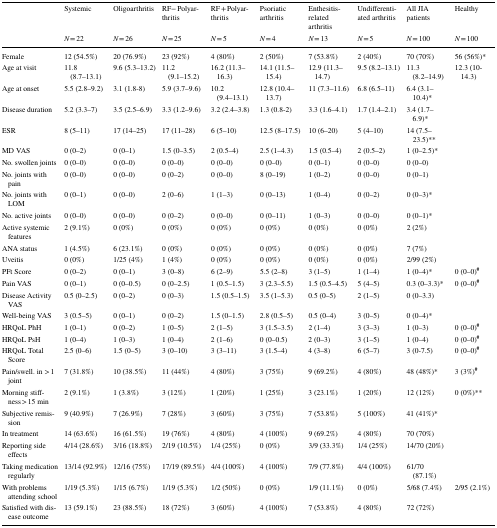
<table><thead><tr><td rowspan="2"></td><td><b>Systemic</b></td><td><b>Oligoarthritis</b></td><td><b>RF− Polyarthritis</b></td><td><b>RF + Polyarthritis</b></td><td><b>Psoriatic arthritis</b></td><td><b>Enthesitis-related arthritis</b></td><td><b>Undifferentiated arthritis</b></td><td><b>All JIA patients</b></td><td><b>Healthy</b></td></tr><tr><td><b><i>N</i> = 22</b></td><td><b><i>N</i> = 26</b></td><td><b><i>N</i> = 25</b></td><td><b><i>N</i> = 5</b></td><td><b><i>N</i> = 4</b></td><td><b><i>N</i> = 13</b></td><td><b><i>N</i> = 5</b></td><td><b><i>N</i> = 100</b></td><td><b><i>N</i> = 100</b></td></tr></thead><tbody><tr><td>Female</td><td>12 (54.5%)</td><td>20 (76.9%)</td><td>23 (92%)</td><td>4 (80%)</td><td>2 (50%)</td><td>7 (53.8%)</td><td>2 (40%)</td><td>70 (70%)</td><td>56 (56%)*</td></tr><tr><td>Age at visit</td><td>11.8 (8.7–13.1)</td><td>9.6 (5.3–13.2)</td><td>11.2 (9.1–15.2)</td><td>16.2 (11.3–16.3)</td><td>14.1 (11.5–15.4)</td><td>12.9 (11.3–14.7)</td><td>9.5 (8.2–13.1)</td><td>11.3 (8.2–14.9)</td><td>12.3 (10-14.3)</td></tr><tr><td>Age at onset</td><td>5.5 (2.8–9.2)</td><td>3.1 (1.8-8)</td><td>5.9 (3.7–9.6)</td><td>10.2 (9.4–13.1)</td><td>12.8 (10.4–13.7)</td><td>11 (7.3–11.6)</td><td>6.8 (6.5–11)</td><td>6.4 (3.1–10.4)*</td><td></td></tr><tr><td>Disease duration</td><td>5.2 (3.3–7)</td><td>3.5 (2.5–6.9)</td><td>3.3 (1.2–9.6)</td><td>3.2 (2.4–3.8)</td><td>1.3 (0.8-2)</td><td>3.3 (1.6–4.1)</td><td>1.7 (1.4–2.1)</td><td>3.4 (1.7–6.9)*</td><td></td></tr><tr><td>ESR</td><td>8 (5–11)</td><td>17 (14–25)</td><td>17 (11–28)</td><td>6 (5–10)</td><td>12.5 (8–17.5)</td><td>10 (6–20)</td><td>5 (4–10)</td><td>14 (7.5–23.5)**</td><td></td></tr><tr><td>MD VAS</td><td>0 (0–2)</td><td>0 (0–1)</td><td>1.5 (0–3.5)</td><td>2 (0.5–4)</td><td>2.5 (1–4.3)</td><td>1.5 (0.5–4)</td><td>2 (0.5–2)</td><td>1 (0–2.5)*</td><td></td></tr><tr><td>No. swollen joints</td><td>0 (0–0)</td><td>0 (0–0)</td><td>0 (0–0)</td><td>0 (0–0)</td><td>0 (0–0)</td><td>0 (0–1)</td><td>0 (0–0)</td><td>0 (0–0)</td><td></td></tr><tr><td>No. joints with pain</td><td>0 (0–0)</td><td>0 (0–0)</td><td>0 (0–2)</td><td>0 (0–0)</td><td>8 (0–19)</td><td>1 (0–2)</td><td>0 (0–0)</td><td>0 (0–1)</td><td></td></tr><tr><td>No. joints with LOM</td><td>0 (0–1)</td><td>0 (0–0)</td><td>2 (0–6)</td><td>1 (1–3)</td><td>0 (0–13)</td><td>1 (0–4)</td><td>0 (0–2)</td><td>0 (0–3)*</td><td></td></tr><tr><td>No. active joints</td><td>0 (0–0)</td><td>0 (0–0)</td><td>0 (0–2)</td><td>0 (0–0)</td><td>0 (0–11)</td><td>1 (0–3)</td><td>0 (0–0)</td><td>0 (0–1)*</td><td></td></tr><tr><td>Active systemic features</td><td>2 (9.1%)</td><td>0 (0%)</td><td>0 (0%)</td><td>0 (0%)</td><td>0 (0%)</td><td>0 (0%)</td><td>0 (0%)</td><td>2 (2%)</td><td></td></tr><tr><td>ANA status</td><td>1 (4.5%)</td><td>6 (23.1%)</td><td>0 (0%)</td><td>0 (0%)</td><td>0 (0%)</td><td>0 (0%)</td><td>0 (0%)</td><td>7 (7%)</td><td></td></tr><tr><td>Uveitis</td><td>0 (0%)</td><td>1/25 (4%)</td><td>1 (4%)</td><td>0 (0%)</td><td>0 (0%)</td><td>0 (0%)</td><td>0 (0%)</td><td>2/99 (2%)</td><td></td></tr><tr><td>PFt Score</td><td>0 (0–2)</td><td>0 (0–1)</td><td>3 (0–8)</td><td>6 (2–9)</td><td>5.5 (2–8)</td><td>3 (1–5)</td><td>1 (1–4)</td><td>1 (0–4)*</td><td>0 (0–0)<sup><b>#</b></sup></td></tr><tr><td>Pain VAS</td><td>0 (0–1)</td><td>0 (0–0.5)</td><td>0 (0–2.5)</td><td>1 (0.5–1.5)</td><td>3 (2.3–5.5)</td><td>1.5 (0.5–4.5)</td><td>5 (4–5)</td><td>0.3 (0–3.3)*</td><td>0 (0–0)<sup><b>#</b></sup></td></tr><tr><td>Disease Activity VAS</td><td>0.5 (0–2.5)</td><td>0 (0–2)</td><td>0 (0–3)</td><td>1.5 (0.5–1.5)</td><td>3.5 (1–5.3)</td><td>0.5 (0–5)</td><td>2 (1–5)</td><td>0 (0–3.3)</td><td></td></tr><tr><td>Well-being VAS</td><td>3 (0.5–5)</td><td>0 (0–1)</td><td>0 (0–2)</td><td>1.5 (0–1.5)</td><td>2.8 (0.5–5)</td><td>0.5 (0–4)</td><td>3 (0–5)</td><td>0 (0–4)*</td><td></td></tr><tr><td>HRQoL PhH</td><td>1 (0–1)</td><td>0 (0–2)</td><td>1 (0–5)</td><td>2 (1–5)</td><td>3 (1.5–3.5)</td><td>2 (1–4)</td><td>3 (3–3)</td><td>1 (0–3)</td><td>0 (0–0)<sup><b>#</b></sup></td></tr><tr><td>HRQoL PsH</td><td>1 (0–4)</td><td>1 (0–3)</td><td>1 (0–4)</td><td>2 (1–6)</td><td>0 (0–0.5)</td><td>2 (0–3)</td><td>3 (1–5)</td><td>1 (0–4)</td><td>0 (0–0)<sup><b>#</b></sup></td></tr><tr><td>HRQoL Total Score</td><td>2.5 (0–6)</td><td>1.5 (0–5)</td><td>3 (0–10)</td><td>3 (3–11)</td><td>3 (1.5–4)</td><td>4 (3–8)</td><td>6 (5–7)</td><td>3 (0-7.5)</td><td>0 (0–0)<sup><b>#</b></sup></td></tr><tr><td>Pain/swell. in &gt; 1 joint</td><td>7 (31.8%)</td><td>10 (38.5%)</td><td>11 (44%)</td><td>4 (80%)</td><td>3 (75%)</td><td>9 (69.2%)</td><td>4 (80%)</td><td>48 (48%)*</td><td>3 (3%)<sup><b>#</b></sup></td></tr><tr><td>Morning stiffness &gt; 15 min</td><td>2 (9.1%)</td><td>1 (3.8%)</td><td>3 (12%)</td><td>1 (20%)</td><td>1 (25%)</td><td>3 (23.1%)</td><td>1 (20%)</td><td>12 (12%)</td><td>0 (0%)**</td></tr><tr><td>Subjective remission</td><td>9 (40.9%)</td><td>7 (26.9%)</td><td>7 (28%)</td><td>3 (60%)</td><td>3 (75%)</td><td>7 (53.8%)</td><td>5 (100%)</td><td>41 (41%)*</td><td></td></tr><tr><td>In treatment</td><td>14 (63.6%)</td><td>16 (61.5%)</td><td>19 (76%)</td><td>4 (80%)</td><td>4 (100%)</td><td>9 (69.2%)</td><td>4 (80%)</td><td>70 (70%)</td><td></td></tr><tr><td>Reporting side effects</td><td>4/14 (28.6%)</td><td>3/16 (18.8%)</td><td>2/19 (10.5%)</td><td>1/4 (25%)</td><td>0 (0%)</td><td>3/9 (33.3%)</td><td>1/4 (25%)</td><td>14/70 (20%)</td><td></td></tr><tr><td>Taking medication regularly</td><td>13/14 (92.9%)</td><td>12/16 (75%)</td><td>17/19 (89.5%)</td><td>4/4 (100%)</td><td>4 (100%)</td><td>7/9 (77.8%)</td><td>4/4 (100%)</td><td>61/70 (87.1%)</td><td></td></tr><tr><td>With problems attending school</td><td>1/19 (5.3%)</td><td>1/15 (6.7%)</td><td>1/19 (5.3%)</td><td>1/2 (50%)</td><td>0 (0%)</td><td>1/9 (11.1%)</td><td>0 (0%)</td><td>5/68 (7.4%)</td><td>2/95 (2.1%)</td></tr><tr><td>Satisfied with disease outcome</td><td>13 (59.1%)</td><td>23 (88.5%)</td><td>18 (72%)</td><td>3 (60%)</td><td>4 (100%)</td><td>7 (53.8%)</td><td>4 (80%)</td><td>72 (72%)</td><td></td></tr></tbody></table>